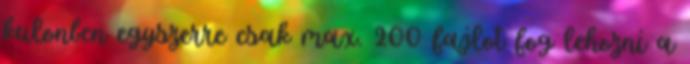
kulonben egyszerre csak max. 200 fajlot fog lehozni a